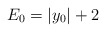
\begin{align*}E_0 = \vert y_0 \vert +2\end{align*}